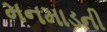
મનમાડની